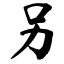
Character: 另